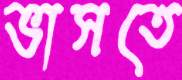
ভাসতে